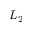
L _ { 2 }